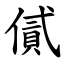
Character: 㒃